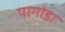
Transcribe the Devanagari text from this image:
पागोडा